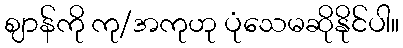
ဈာန်ကို ကု/အကုဟု ပုံသေမဆိုနိုင်ပါ။